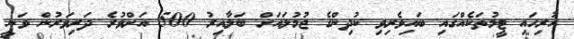
ހުރިހައި ޓީމުތަކެއްގައި ބައިވެރިވި ކުދިންގެ ޖުމުލައަށް ބަލާއިރު 500 އަށްވުރެ ދަރިވަރުން ވަނީ